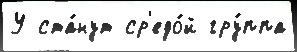
У ста́нут ср'едо́й гру́ппа